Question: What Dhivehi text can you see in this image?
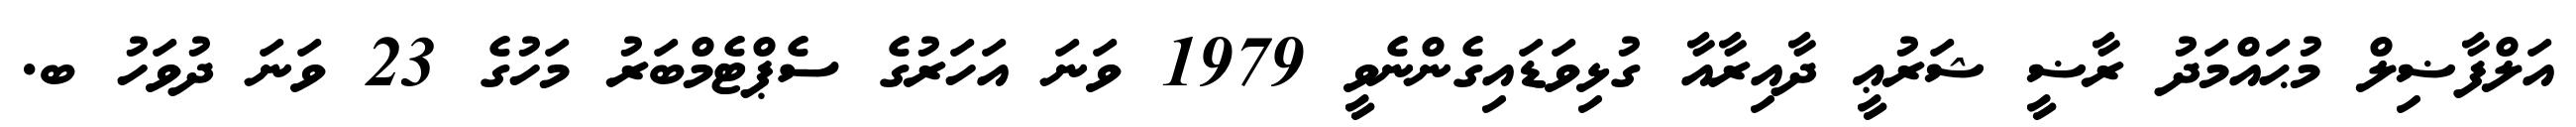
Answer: އަލްފާޟިލް މުޙައްމަދު ރާޟީ ޝަރުޢީ ދާއިރާއާ ގުޅިވަޑައިގެންނެވީ 1979 ވަނަ އަހަރުގެ ސެޕްޓެމްބަރު މަހުގެ 23 ވަނަ ދުވަހު ބ.